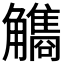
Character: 𧥏